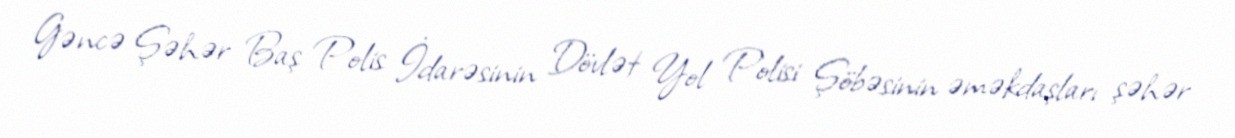
Gəncə Şəhər Baş Polis İdarəsinin Dövlət Yol Polisi Şöbəsinin əməkdaşları şəhər